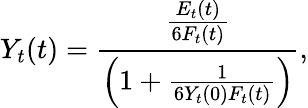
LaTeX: Y_{t}(t)=\frac{\frac{E_{t}(t)}{6F_{t}(t)}}{\left(1+\frac{1}{6Y_{t}(0)F_{t}(t)}\right)},